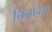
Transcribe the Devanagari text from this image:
चिनाबेस